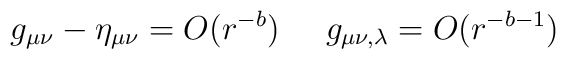
g_{\mu\nu} - \eta_{\mu\nu} =O( r^{-b}) \; \; \; \; \; g_{\mu\nu,\lambda} =O( r^{-b -1})